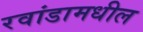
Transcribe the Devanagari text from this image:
रवांडामधील